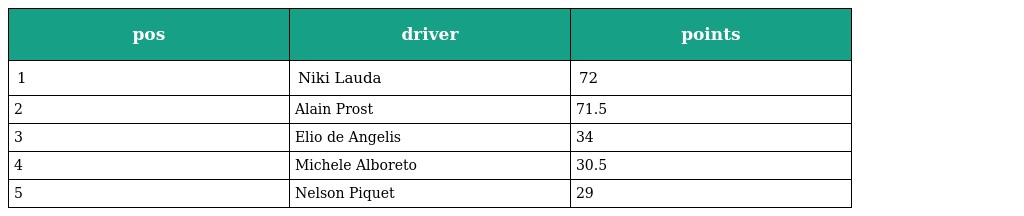
| pos | driver | points |
 | --- | --- | --- |
 | 1 | Niki Lauda | 72 |
 | 2 | Alain Prost | 71.5 |
 | 3 | Elio de Angelis | 34 |
 | 4 | Michele Alboreto | 30.5 |
 | 5 | Nelson Piquet | 29 |